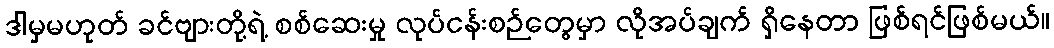
ဒါမှမဟုတ် ခင်ဗျားတို့ရဲ့ စစ်ဆေးမှု လုပ်ငန်းစဉ်တွေမှာ လိုအပ်ချက် ရှိနေတာ ဖြစ်ရင်ဖြစ်မယ်။